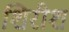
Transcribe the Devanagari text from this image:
शिरीश